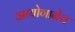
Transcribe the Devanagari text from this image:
आयोगानेच